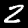
Digit: 2